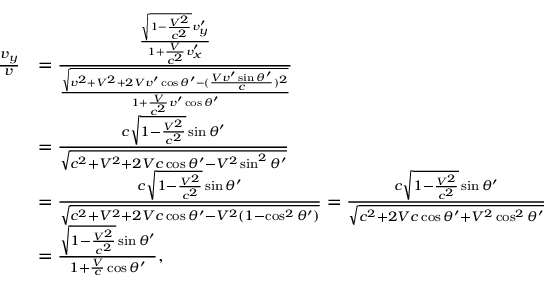
{ \begin{array} { r l } { { \frac { v _ { y } } { v } } } & { = { \frac { \frac { { \sqrt { 1 - { \frac { V ^ { 2 } } { c ^ { 2 } } } } } v _ { y } ^ { \prime } } { 1 + { \frac { V } { c ^ { 2 } } } v _ { x } ^ { \prime } } } { \frac { \sqrt { v ^ { 2 } + V ^ { 2 } + 2 V v ^ { \prime } \cos \theta ^ { \prime } - ( { \frac { V v ^ { \prime } \sin \theta ^ { \prime } } { c } } ) ^ { 2 } } } { 1 + { \frac { V } { c ^ { 2 } } } v ^ { \prime } \cos \theta ^ { \prime } } } } } \\ & { = { \frac { c { \sqrt { 1 - { \frac { V ^ { 2 } } { c ^ { 2 } } } } } \sin \theta ^ { \prime } } { \sqrt { c ^ { 2 } + V ^ { 2 } + 2 V c \cos \theta ^ { \prime } - V ^ { 2 } \sin ^ { 2 } \theta ^ { \prime } } } } } \\ & { = { \frac { c { \sqrt { 1 - { \frac { V ^ { 2 } } { c ^ { 2 } } } } } \sin \theta ^ { \prime } } { \sqrt { c ^ { 2 } + V ^ { 2 } + 2 V c \cos \theta ^ { \prime } - V ^ { 2 } ( 1 - \cos ^ { 2 } \theta ^ { \prime } ) } } } = { \frac { c { \sqrt { 1 - { \frac { V ^ { 2 } } { c ^ { 2 } } } } } \sin \theta ^ { \prime } } { \sqrt { c ^ { 2 } + 2 V c \cos \theta ^ { \prime } + V ^ { 2 } \cos ^ { 2 } \theta ^ { \prime } } } } } \\ & { = { \frac { { \sqrt { 1 - { \frac { V ^ { 2 } } { c ^ { 2 } } } } } \sin \theta ^ { \prime } } { 1 + { \frac { V } { c } } \cos \theta ^ { \prime } } } , } \end{array} }